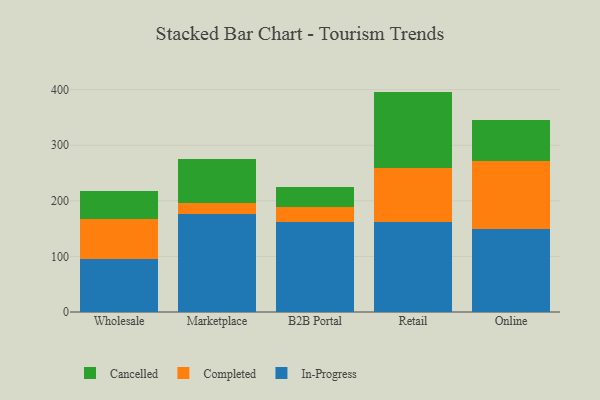
{"axis": {"x": "Channel", "y": "Waste Production (Tons)"}, "legend": ["Cancelled", "Completed", "In-Progress"], "data": [{"x": "Wholesale", "y": 95.0, "type": "In-Progress"}, {"x": "Wholesale", "y": 72.1, "type": "Completed"}, {"x": "Wholesale", "y": 51.3, "type": "Cancelled"}, {"x": "Marketplace", "y": 176.3, "type": "In-Progress"}, {"x": "Marketplace", "y": 20.6, "type": "Completed"}, {"x": "Marketplace", "y": 78.3, "type": "Cancelled"}, {"x": "B2B Portal", "y": 161.6, "type": "In-Progress"}, {"x": "B2B Portal", "y": 27.7, "type": "Completed"}, {"x": "B2B Portal", "y": 35.6, "type": "Cancelled"}, {"x": "Retail", "y": 161.2, "type": "In-Progress"}, {"x": "Retail", "y": 97.8, "type": "Completed"}, {"x": "Retail", "y": 137.5, "type": "Cancelled"}, {"x": "Online", "y": 149.3, "type": "In-Progress"}, {"x": "Online", "y": 121.5, "type": "Completed"}, {"x": "Online", "y": 75.4, "type": "Cancelled"}]}